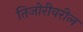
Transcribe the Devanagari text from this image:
तिजोरीवरील